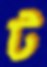
ট